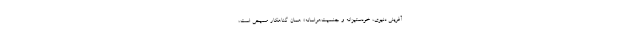
آفرینی دنیوی، خودستیزانه و جنسیت‌هراسانهٔ» همان گناهکار مسیحی است،